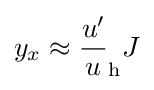
y_{x}\approx {\frac {u'}{u}}_{\mathrm {h} }J